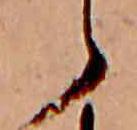
ら